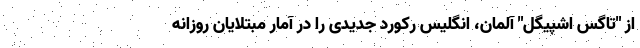
از "تاگس اشپیگل" آلمان، انگلیس رکورد جدیدی را در آمار مبتلایان روزانه